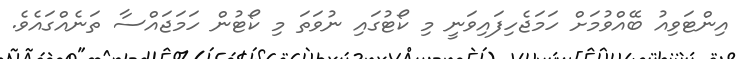
އިންޓަވިއު ބޭއްވުމަށް ހަމަޖެހިފައިވަނީ މި ކޯޓުގައި ނުވަތަ މި ކޯޓުން ހަމަޖައްސާ ތަނެއްގައެވެ.